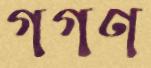
গগণ